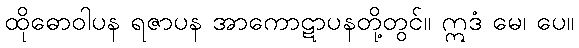
ထိုဓောဝါပန ရဇာပန အာကောဋာပနတို့တွင်။ ဣဒံ မေ၊ ပေ။